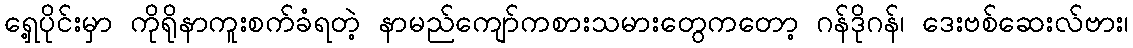
ရှေ့ပိုင်းမှာ ကိုရိုနာကူးစက်ခံရတဲ့ နာမည်ကျော်ကစားသမားတွေကတော့ ဂန်ဒိုဂန်၊ ဒေးဗစ်ဆေးလ်ဗား၊